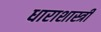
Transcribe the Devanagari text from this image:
धाराशास्त्री